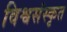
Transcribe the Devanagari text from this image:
विश्वसंस्कृत